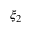
\xi _ { 2 }